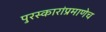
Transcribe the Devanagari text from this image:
पुरस्कारांप्रमाणेच